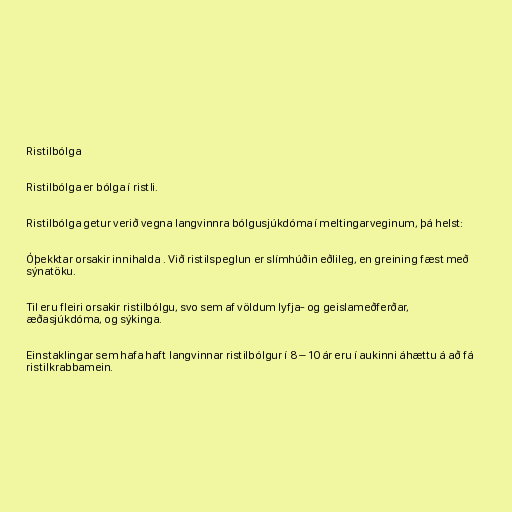
Ristilbólga

Ristilbólga er bólga í ristli.

Ristilbólga getur verið vegna langvinnra bólgusjúkdóma í meltingarveginum, þá helst:

Óþekktar orsakir innihalda . Við ristilspeglun er slímhúðin eðlileg, en greining fæst með
sýnatöku.

Til eru fleiri orsakir ristilbólgu, svo sem af völdum lyfja- og geislameðferðar,
æðasjúkdóma, og sýkinga.

Einstaklingar sem hafa haft langvinnar ristilbólgur í 8 – 10 ár eru í aukinni áhættu á að fá
ristilkrabbamein.